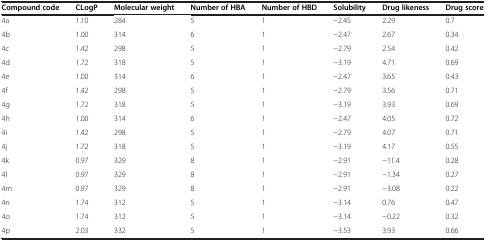
<table><thead><tr><td><b>Compound code</b></td><td><b>CLogP</b></td><td><b>Molecular weight</b></td><td><b>Number of HBA</b></td><td><b>Number of HBD</b></td><td><b>Solubility</b></td><td><b>Drug likeness</b></td><td><b>Drug score</b></td></tr></thead><tbody><tr><td>4a</td><td>1.10</td><td>284</td><td>5</td><td>1</td><td>−2.45</td><td>2.29</td><td>0.7</td></tr><tr><td>4b</td><td>1.00</td><td>314</td><td>6</td><td>1</td><td>−2.47</td><td>2.67</td><td>0.34</td></tr><tr><td>4c</td><td>1.42</td><td>298</td><td>5</td><td>1</td><td>−2.79</td><td>2.54</td><td>0.42</td></tr><tr><td>4d</td><td>1.72</td><td>318</td><td>5</td><td>1</td><td>−3.19</td><td>4.71</td><td>0.69</td></tr><tr><td>4e</td><td>1.00</td><td>314</td><td>6</td><td>1</td><td>−2.47</td><td>3.65</td><td>0.43</td></tr><tr><td>4f</td><td>1.42</td><td>298</td><td>5</td><td>1</td><td>−2.79</td><td>3.56</td><td>0.71</td></tr><tr><td>4g</td><td>1.72</td><td>318</td><td>5</td><td>1</td><td>−3.19</td><td>3.93</td><td>0.69</td></tr><tr><td>4h</td><td>1.00</td><td>314</td><td>6</td><td>1</td><td>−2.47</td><td>4.05</td><td>0.72</td></tr><tr><td>4i</td><td>1.42</td><td>298</td><td>5</td><td>1</td><td>−2.79</td><td>4.07</td><td>0.71</td></tr><tr><td>4j</td><td>1.72</td><td>318</td><td>5</td><td>1</td><td>−3.19</td><td>4.17</td><td>0.55</td></tr><tr><td>4k</td><td>0.97</td><td>329</td><td>8</td><td>1</td><td>−2.91</td><td>−11.4</td><td>0.28</td></tr><tr><td>4l</td><td>0.97</td><td>329</td><td>8</td><td>1</td><td>−2.91</td><td>−1.34</td><td>0.27</td></tr><tr><td>4m</td><td>0.97</td><td>329</td><td>8</td><td>1</td><td>−2.91</td><td>−3.08</td><td>0.22</td></tr><tr><td>4n</td><td>1.74</td><td>312</td><td>5</td><td>1</td><td>−3.14</td><td>0.76</td><td>0.47</td></tr><tr><td>4o</td><td>1.74</td><td>312</td><td>5</td><td>1</td><td>−3.14</td><td>−0.22</td><td>0.32</td></tr><tr><td>4p</td><td>2.03</td><td>332</td><td>5</td><td>1</td><td>−3.53</td><td>3.93</td><td>0.66</td></tr></tbody></table>